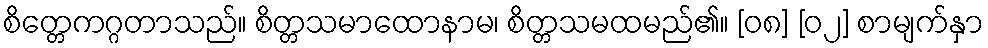
စိတ္တေကဂ္ဂတာသည်။ စိတ္တသမာထောနာမ၊ စိတ္တသမထမည်၏။ [၀၈] [၀၂] စာမျက်နှာ